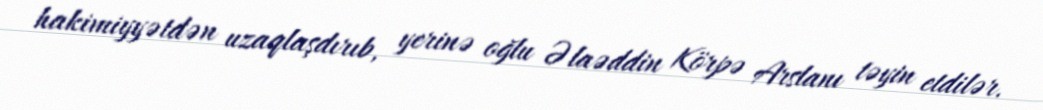
hakimiyyətdən uzaqlaşdırıb, yerinə oğlu Əlaəddin Körpə Arslanı təyin etdilər.